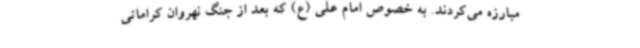
مبارزه می‌کردند. به خصوص امام علی (ع) که بعد از جنگ نهروان کراماتی